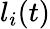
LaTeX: l_{i}(t)